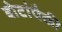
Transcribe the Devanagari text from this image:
बोटांपैकी